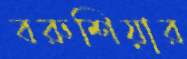
বরুশিয়ার